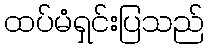
ထပ်မံရှင်းပြသည်